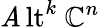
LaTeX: \operatorname{\mathit{A}lt}^{k}\ {\mathbb{{C}}}^{n}